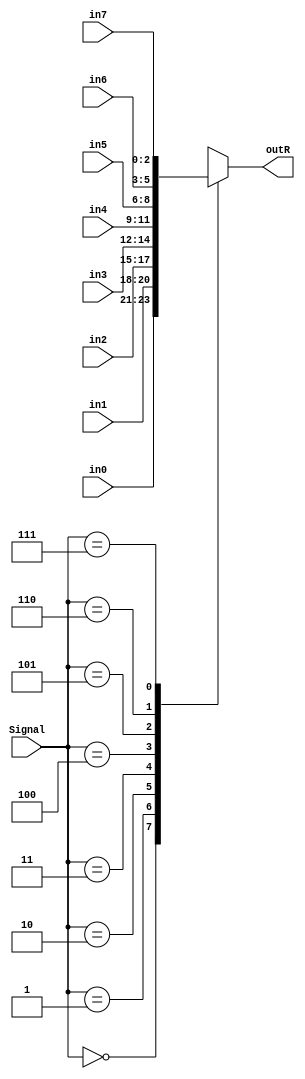
`timescale 1ns / 1ps
//////////////////////////////////////////////////////////////////////////////////
// Company: 
// Engineer: 
// 
// Design Name: 
// Module Name: Mux_8X1
// Project Name: 
// Target Devices: 
// Tool Versions: 
// Description: 
// 
// Dependencies: 
// 
// Revision:
// Revision 0.01 - File Created
// Additional Comments:
// 
//////////////////////////////////////////////////////////////////////////////////


module Mux_8X1(in0,in1,in2,in3,in4,in5,in6,in7, Signal,outR);
input [2:0] in0,in1,in2,in3,in4,in5,in6,in7;
input [2:0] Signal;
output reg [2:0] outR;

always @(Signal) begin
    case(Signal)
        3'b000 : outR=in0;
        3'b001 : outR=in1;
        3'b010 : outR=in2;
        3'b011 : outR=in3;
        3'b100 : outR=in4;
        3'b101 : outR=in5;
        3'b110 : outR=in6;
        3'b111 : outR=in7;
    endcase        

end

endmodule